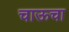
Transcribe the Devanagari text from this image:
चाऊचा